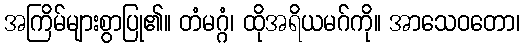
အကြိမ်များစွာပြု၏။ တံမဂ္ဂံ၊ ထိုအရိယမဂ်ကို။ အာသေဝတော၊